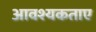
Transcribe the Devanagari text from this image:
आवश्यकताए